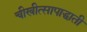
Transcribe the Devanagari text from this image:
चीखीत्सापाद्धाती